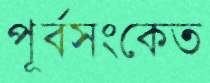
পূর্বসংকেত